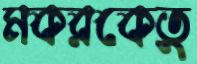
মকরকেতু